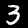
Label: 3